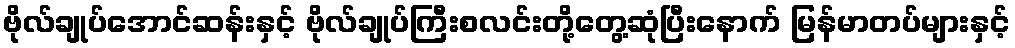
ဗိုလ်ချုပ်အောင်ဆန်းနှင့် ဗိုလ်ချုပ်ကြီးစလင်းတို့တွေ့ဆုံပြီးနောက် မြန်မာတပ်များနှင့်